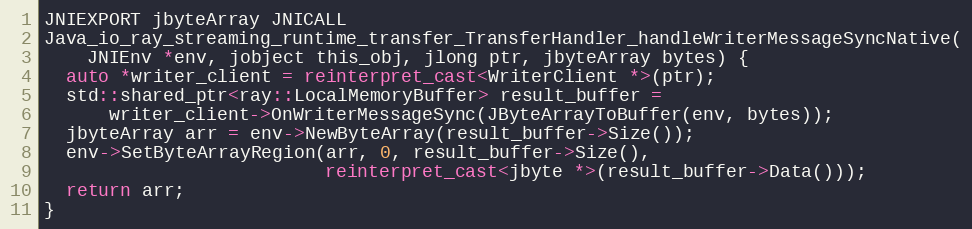
Language: C++
JNIEXPORT jbyteArray JNICALL
Java_io_ray_streaming_runtime_transfer_TransferHandler_handleWriterMessageSyncNative(
    JNIEnv *env, jobject this_obj, jlong ptr, jbyteArray bytes) {
  auto *writer_client = reinterpret_cast<WriterClient *>(ptr);
  std::shared_ptr<ray::LocalMemoryBuffer> result_buffer =
      writer_client->OnWriterMessageSync(JByteArrayToBuffer(env, bytes));
  jbyteArray arr = env->NewByteArray(result_buffer->Size());
  env->SetByteArrayRegion(arr, 0, result_buffer->Size(),
                          reinterpret_cast<jbyte *>(result_buffer->Data()));
  return arr;
}